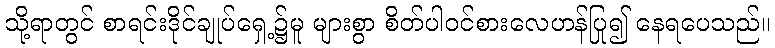
သို့ရာတွင် စာရင်းဒိုင်ချုပ်ရှေ့၌မူ များစွာ စိတ်ပါဝင်စားလေဟန်ပြု၍ နေရပေသည်။